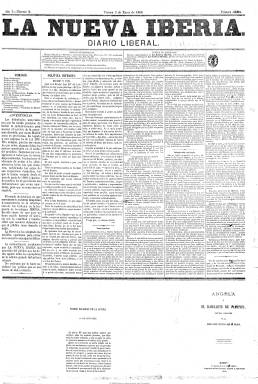
Título: La Nueva Iberia
Colección: Periódicos
Ámbito geográfico: Madrid
Lugar de publicación: Madrid
Fechas: 03/01/1868-29/09/1868

El periódico La Iberia, fundado en 1854 por Pedro Calvo Asensio (1821-1863) y cuya publicación quedó suspendida en junio de 1866, cuando su entonces director, Práxedes Mateo Sagasta (1825-1903), tuvo que exiliarse a Francia, junto con otros destacados miembros del Partido Progresista, reaparecerá el dos de enero de 1868, bajo este nuevo título en un momento en el que se había producido una tímida apertura por parte del gobierno del Partido Moderado, presidido por Ramón María Narváez (1800-1868), que permitirá la reanudación de otras cabeceras prohibidas, como fue el caso también de Las novedades (1850). Previamente, en septiembre de 1867 había regresado del exilio José Abascal y Carredano (1829.1890), copropietario junto a Sagasta del diario portavoz de los liberales progresistas, que reunirá a parte de la anterior redacción de La Iberia.

La nueva cabecera reinicia serie y numeración, mantiene subtítulo –diario liberal-, formato y las cuatro páginas por número, compuestas a seis columnas. Introduce al comienzo de cada entrega un sumario de sus contenidos. Sus secciones son las de Política interior (con artículos también de economía o agricultura), Política exterior, Crónica parlamentaria, Crónica de provincias, Crónica general, Despachos telegráficos, Gacetilla de Madrid y de teatros, Correspondencias (de París, Londres o Florencia), Boletín religioso (cultos) o Espectáculos (cartelera), además de un folletín en los faldones de las dos primeras páginas, dejando para la última los anuncios comerciales.

La nueva cabecera tirará, como la antigua, cuatro ediciones, dos “grandes” y dos “económicas. Las primeras para circular “entre las clases acomodadas de la sociedad” y las segundas, para la “clase media”, indicará el propio diario. Los ejemplares de la colección de la Biblioteca Nacional de España indican “primera edición”.

La Nueva Iberia actuará como portavoz de los liberales expatriados que estaban conspirando contra la dinastía y trabajará por la fusión de una destacada fracción del Partido Demócrata con el progresista. Con el fallecimiento de Narváez, el 23 de abril de 1868 y la alianza sellada entre los generales Serrano y Prim, Isabel II sólo podrá contar con Luis González Bravo (1811-1871) para presidir el Consejo de Ministros, quien el 19 de mayo cierra las Cortes e inicia una especie de dictadura civil, incapaz de frenar la revolución que se avecina. Tras el célebre artículo atribuido a Francisco Javier Carratalá (1830-1870), publicado por La Nueva Iberia el 3 de julio bajo el epígrafe “La última palabra”, en el que alude al pacto entre liberales y moderados, ofrece el plan de la sublevación y dirá que “unidos podemos ir todos”, González Bravo decretará la detención y destierro de todos los generales unionistas.

Se ha escrito que el diario de los progresistas liderados por Sagasta fue el que más contribuyó al desencadenamiento de la Revolución Democrática de 1868. Durante los sucesos que se producen con los levantamientos militares que se inician el 18 de septiembre ofrece una amplia revista crítica de prensa. El 24 de ese mes disminuye su formato y reduce a cuatro columnas la composición de sus páginas, indicando que ello es debido al “estado de guerra” y no poder escribir de política. Su editor responsable en este periodo es Hilario Fernández y su director será Francisco Javier de Moya (1821-1885), aunque si se sigue la relación de Hartzenbusch (1894), pudo estar también dirigido por Manuel Lasala y Carlos Massa Sanguineti (1823-1883). El 29 de septiembre La Nueva Iberia publica su número 227 y último. A partir del día siguiente retoma de nuevo su singular y primitivo título: La Iberia, cuya colección forma parte también de la Hemeroteca Digital de la Biblioteca Nacional de España.